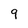
Character: 9